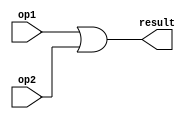
module or_16bit(
    op1,
    op2,
    result 
);

input[15:0] op1, op2;
output[15:0] result;

assign result = op1 | op2;

endmodule // or_16bit